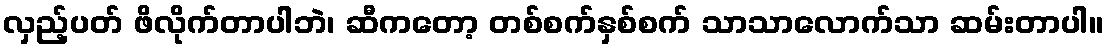
လှည့်ပတ် ဖိလိုက်တာပါဘဲ၊ ဆီကတော့ တစ်စက်နှစ်စက် သာသာလောက်သာ ဆမ်းတာပါ။